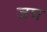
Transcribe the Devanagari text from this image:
जघ